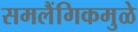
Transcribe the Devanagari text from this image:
समलैंगिकमुळे